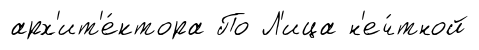
арх'ит'е́ктора По Л'ица н'еч́тной